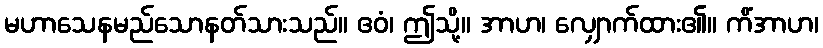
မဟာသေနမည်သောနတ်သားသည်။ ဧဝံ၊ ဤသို့။ အာဟ၊ လျှောက်ထား၏။ ကိံအာဟ၊